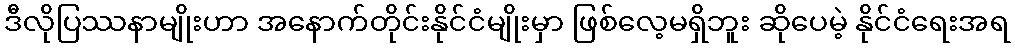
ဒီလိုပြဿနာမျိုးဟာ အနောက်တိုင်းနိုင်ငံမျိုးမှာ ဖြစ်လေ့မရှိဘူး ဆိုပေမဲ့ နိုင်ငံရေးအရ